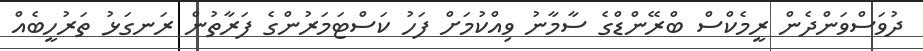
ދުވަސްވަންދެން ރީމެކްސް ބްރޭންޑްގެ ސާމާނު ވިއްކުމަށް ފަހު ކަސްޓަމަރުންގެ ފަރާތުން ރަނގަޅު ތަރުހީބެއް